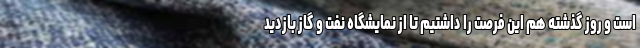
است و روز گذشته هم این فرصت را داشتیم تا از نمایشگاه نفت و گاز بازدید